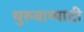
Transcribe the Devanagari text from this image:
थुरुवाम्पादी